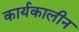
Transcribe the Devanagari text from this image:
कार्यकालीन